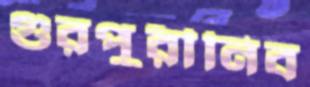
গুরপুরীনিব